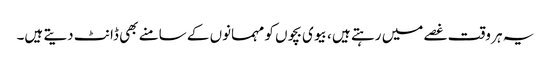
یہ ہر وقت غصے میں رہتے ہیں ، بیوی بچوں کو مہمانوں کے سامنے بھی ڈانٹ دیتے ہیں۔